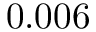
0 . 0 0 6